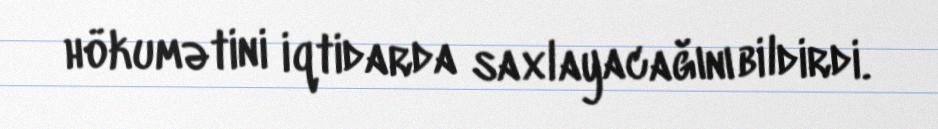
hökumətini iqtidarda saxlayacağını bildirdi.